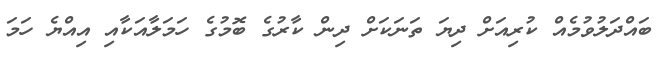
ބައްދަލުވުމެއް ކުރިއަށް ދިޔަ ތަނަކަށް ދިން ކާރުގެ ބޮމުގެ ހަމަލާއަކާއި އިއްޔެ ހަމަ